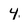
Character: 4